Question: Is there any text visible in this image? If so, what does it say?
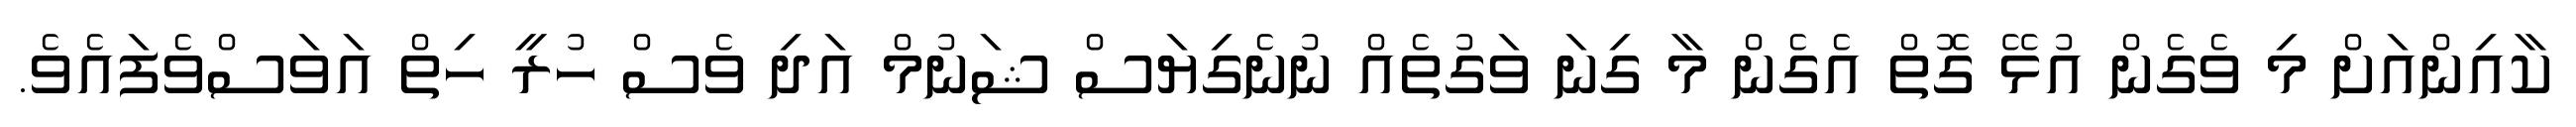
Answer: ކާއިންއަށް މި ވެގެން އުޅޭ ގޮތް އެގެން މާ ގިނަ ވަގުތެއް ނުނެގިޔަސް ޝަނުމް އަދި ވެސް ހުރީ ހިތް އަވަސްވެފައެވެ.